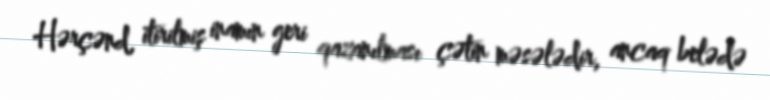
Hərçənd, itirilmiş inamın geri qazanılması çətin məsələdir, ancaq belədə